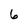
Character: 6